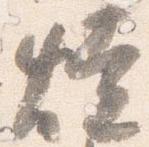
焼